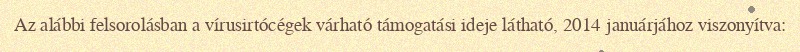
Az alábbi felsorolásban a vírusirtócégek várható támogatási ideje látható, 2014 januárjához viszonyítva: